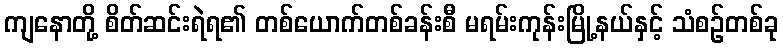
ကျနောတို့ စိတ်ဆင်းရဲရ၏ တစ်ယောက်တစ်ခန်းစီ မရမ်းကုန်းမြို့နယ်နှင့် သံစဉ်တစ်ခု